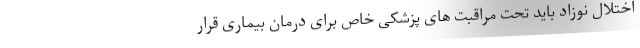
اختلال نوزاد باید تحت مراقبت های پزشکی خاص برای درمان بیماری قرار